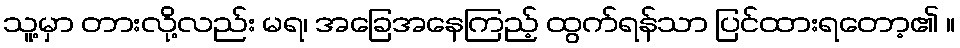
သူ့မှာ တားလို့လည်း မရ၊ အခြေအနေကြည့် ထွက်ရန်သာ ပြင်ထားရတော့၏ ။